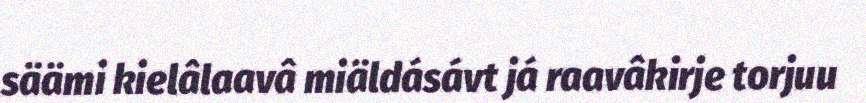
säämi kielâlaavâ miäldásávt já raavâkirje torjuu